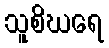
သူစိဃရေ